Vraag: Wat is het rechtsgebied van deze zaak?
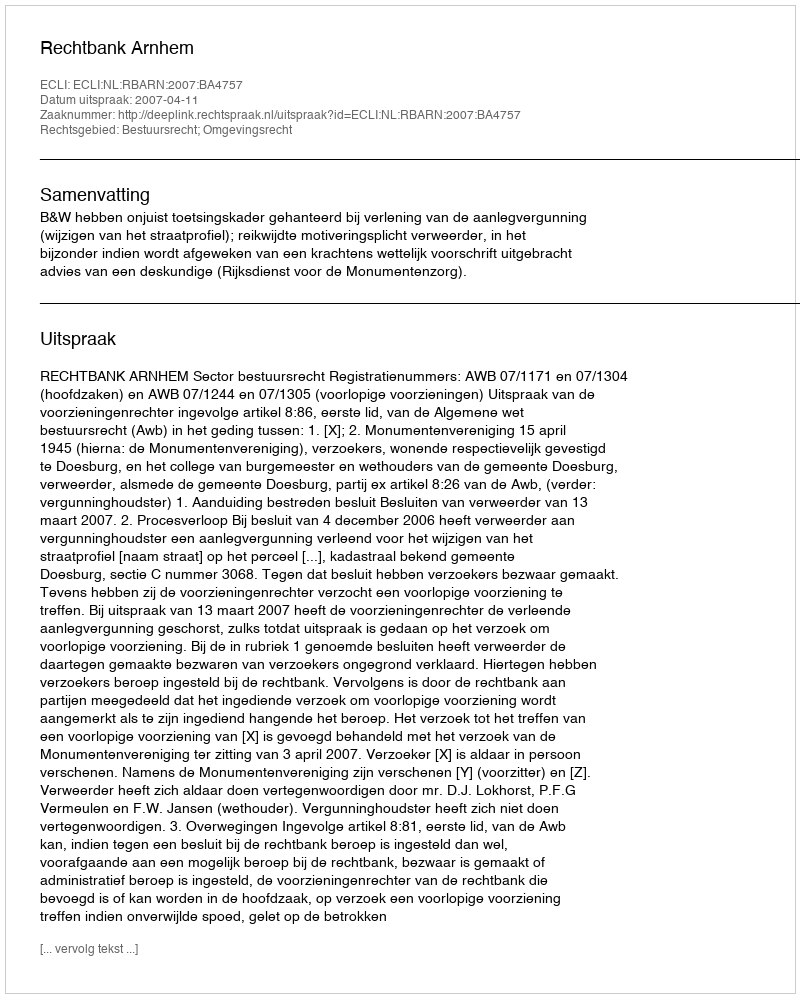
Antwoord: Bestuursrecht; Omgevingsrecht